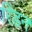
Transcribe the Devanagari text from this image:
रिडन